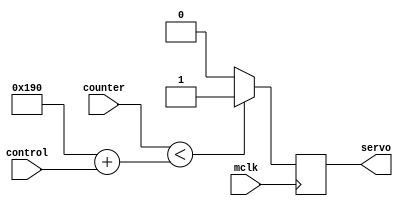
module pwm4 (
    input mclk,
    input [11:0] control,
    input [14:0] counter,
    output servo
);

//essential registers
reg servo_reg;

always @(posedge mclk)
begin
    //Servo algorithm
    if(counter < ('d400 + control))
			servo_reg <= 1;
	 else
			servo_reg <= 0;

end

assign servo = servo_reg;

endmodule